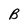
Character: B